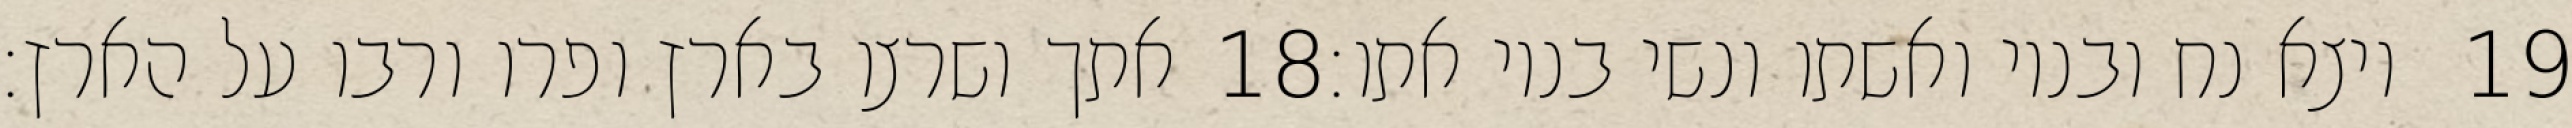
אתך ושרצו בארץ ופרו ורבו על הארץ׃ ‎18‏ ויצא נח ובניו ואשתו ונשי בניו אתו׃ ‎19‏